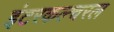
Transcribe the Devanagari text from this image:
इंटरकल्चरल